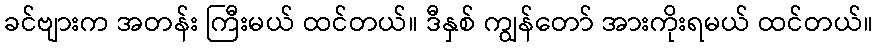
ခင်ဗျားက အတန်း ကြီးမယ် ထင်တယ်။ ဒီနှစ် ကျွန်တော် အားကိုးရမယ် ထင်တယ်။